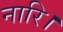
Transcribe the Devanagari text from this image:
नारि।